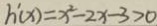
h ^ { \prime } ( x ) = x ^ { 2 } - 2 x - 3 > 0